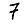
Digit: 7